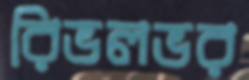
রিভলভর